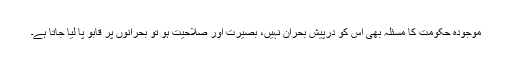
موجودہ حکومت کا مسئلہ بھی اس کو درپیش بحران نہیں، بصیرت اور صلاحیت ہو تو بحرانوں پر قابو پا لیا جاتا ہے۔